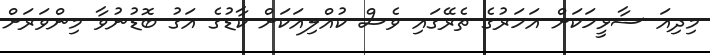
މިދިއަ ސާޅީހަކަށް އަހަރުގެ ތެރޭގައި ވެސް ކުއްލިއަކަށް ކާޑުގެ އަގު ބޮޑުނުވާ މިންވަރަށް